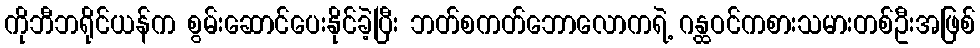
ကိုဘီဘရိုင်ယန်က စွမ်းဆောင်ပေးနိုင်ခဲ့ပြီး ဘတ်စကတ်ဘောလောကရဲ့ ဂန္ထဝင်ကစားသမားတစ်ဦးအဖြစ်